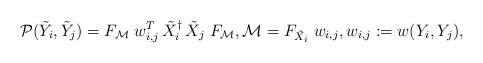
LaTeX: \begin{align*} \mathcal P(\tilde Y_i,\tilde Y_j)=F_{\mathcal M}\;w^T_{i,j}\,\tilde X_i^{\dag}\,\tilde X_j\; F_{\mathcal M},\mathcal M=F_{\tilde X_i}\;w_{i,j},w_{i,j}:=w(Y_i,Y_j),\end{align*}